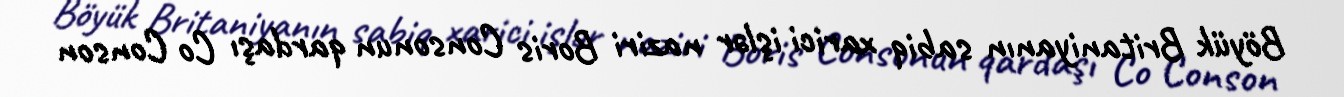
Böyük Britaniyanın sabiq xarici işlər naziri Boris Consonun qardaşı Co Conson